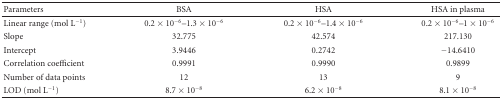
| Parameters | BSA | HSA | HSA in plasma |
 | --- | --- | --- | --- |
 | Linear range (mol L−1) | 0.2 × 10−6–1.3 × 10−6 | 0.2 × 10−6–1.4 × 10−6 | 0.2 × 10−6–1 × 10−6 |
 | Slope | 32.775 | 42.574 | 217.130 |
 | Intercept | 3.9446 | 0.2742 | −14.6410 |
 | Correlation coefficient | 0.9991 | 0.9990 | 0.9899 |
 | Number of data points | 12 | 13 | 9 |
 | LOD (mol L−1) | 8.7 × 10−8 | 6.2 × 10−8 | 8.1 × 10−8 |